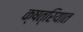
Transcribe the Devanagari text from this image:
क्षत्रियात